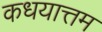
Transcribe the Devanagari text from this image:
कधयात्तम